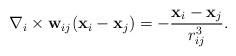
LaTeX: \begin{align*}{\bf \nabla}_i \times {\bf w}_{ij}({\bf x}_i -{\bf x}_j) = - \frac{ {\bf x}_i -{\bf x}_j }{ r_{ij}^3 }.\end{align*}